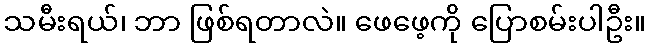
သမီးရယ်၊ ဘာ ဖြစ်ရတာလဲ။ ဖေဖေ့ကို ပြောစမ်းပါဦး။